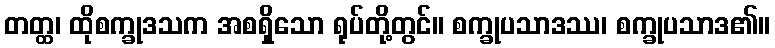
တတ္ထ၊ ထိုစက္ခုဒသက အစရှိသော ရုပ်တို့တွင်။ စက္ခုပသာဒဿ၊ စက္ခုပသာဒ၏။